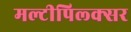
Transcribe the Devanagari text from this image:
मल्टीपिल्क्सर